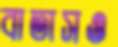
বাতাসও